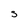
Character: S